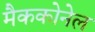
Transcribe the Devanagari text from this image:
मैककोनेल